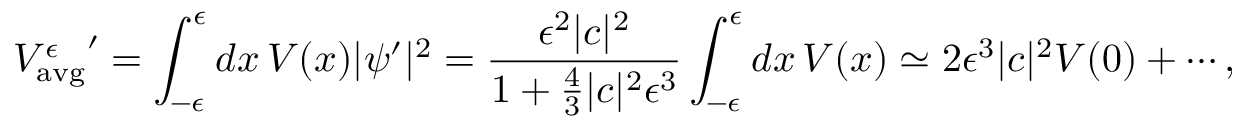
{ V _ { \mathrm { a v g } } ^ { \epsilon } } ^ { \prime } = \int _ { - \epsilon } ^ { \epsilon } d x \, V ( x ) | \psi ^ { \prime } | ^ { 2 } = { \frac { \epsilon ^ { 2 } | c | ^ { 2 } } { 1 + { \frac { 4 } { 3 } } | c | ^ { 2 } \epsilon ^ { 3 } } } \int _ { - \epsilon } ^ { \epsilon } d x \, V ( x ) \simeq 2 \epsilon ^ { 3 } | c | ^ { 2 } V ( 0 ) + \cdots ,